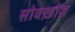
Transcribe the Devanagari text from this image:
सोवख़ोज़